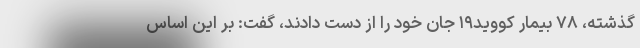
گذشته، ۷۸ بیمار کووید۱۹ جان خود را از دست دادند، گفت: بر این اساس